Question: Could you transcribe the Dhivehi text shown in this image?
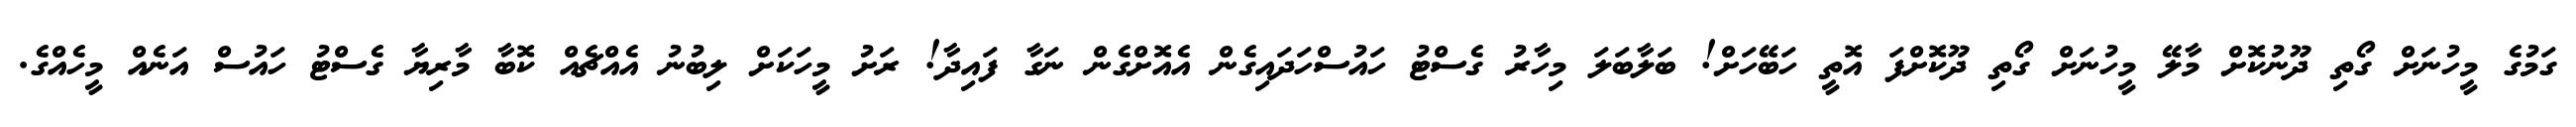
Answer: ގަމުގެ މީހުނަށް ގޯތި ދޫނުކޮށް މާލޭ މީހުނަށް ގޯތި ދޫކޮށްފަ އޮތީ ހަބޭހަށް! ބަލާބަލަ މިހާރު ގެސްޓު ހައުސްހަދައިގެން އެއޮށްގެން ނަގާ ފައިދާ! ރަށު މީހަކަށް ލިބުނު އެއްޗެއް ކޮބާ މާރިޔާ ގެސްޓު ހައުސް އަނެއް މީހެއްގެ.